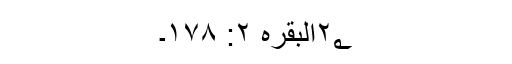
۲؂البقرہ ۲: ۱۷۸۔